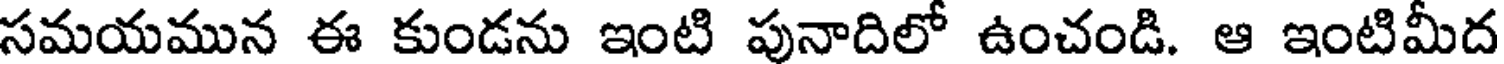
సమయమున ఈ కుండను ఇంటి పునాదిలో ఉంచండి. ఆ ఇంటిమీద